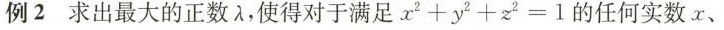
例2 求出最大的正数λ，使得对于满足$$x^{2} + y^{2} + x^{2} = l$$的任何实数x、